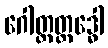
ဂေါတ္တတ္ထဒ္ဓေါ